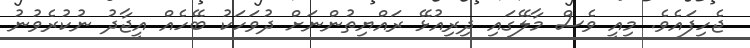
ޖެހިފައެވެ. މިއީ ވެސް މާލޭގައި ދިރިއުޅޭ ރައްޔިތުންނަށް ދުވަހަކު ބޭހެއް އީޖާދު ނުކުރެވުނު